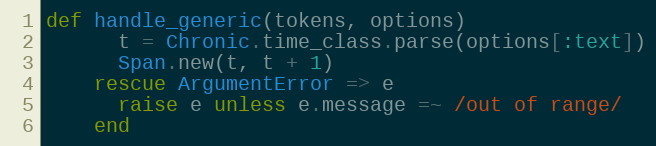
Language: Ruby
def handle_generic(tokens, options)
      t = Chronic.time_class.parse(options[:text])
      Span.new(t, t + 1)
    rescue ArgumentError => e
      raise e unless e.message =~ /out of range/
    end